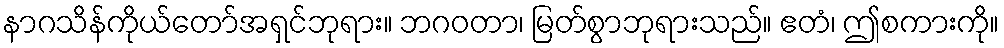
နာဂသိန်ကိုယ်တော်အရှင်ဘုရား။ ဘဂဝတာ၊ မြတ်စွာဘုရားသည်။ ဧတံ၊ ဤစကားကို။